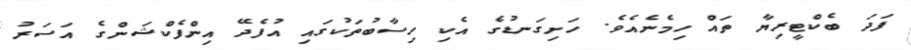
ފަދަ ބެކްޓީރިޔާ ތައް ހިމެނެއެވެ. ހަށިގަނޑުގެ އެކި ހިސާބުތަކުގައި އުފެދޭ އިންފެކްޝަންގެ އަސަރު